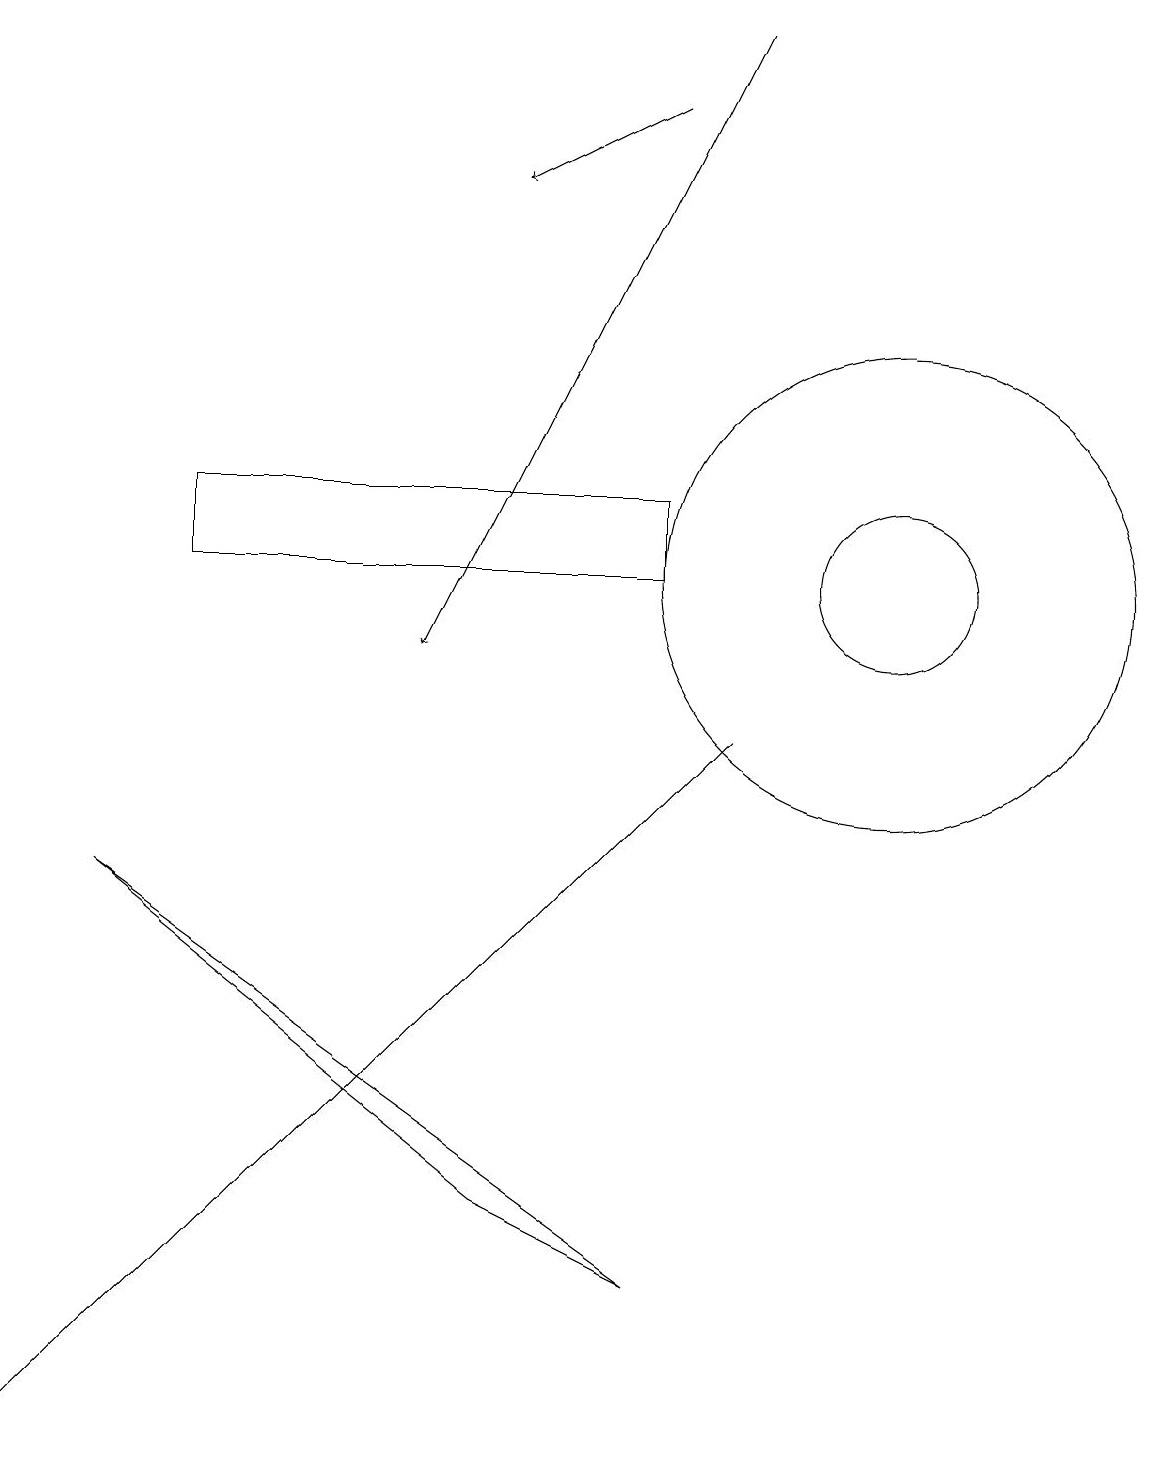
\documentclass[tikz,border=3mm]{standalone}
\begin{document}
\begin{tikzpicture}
\draw (11,11) circle (3);
\draw (8,12) rectangle (2,11);
\draw[->] (9,18) -- (5,10);
\draw (9,9) -- (4,4) -- (0,0) -- cycle;
\draw[->] (8,17) -- (6,16);
\draw (1,7) -- (6,3) -- (8,2) -- cycle;
\draw (11,11) circle (1);
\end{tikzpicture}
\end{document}